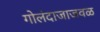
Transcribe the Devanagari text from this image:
गोलंदाजाजवळ